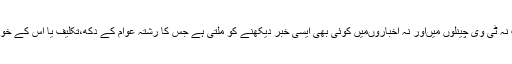
اس لیے اب نہ ٹی وی چینلوں میںاور نہ اخباروںمیں کوئی بھی ایسی خبر دیکھنے کو ملتی ہے جس کا رشتہ عوام کے دکھ،تکلیف یا اس کے خواب سے ہو۔